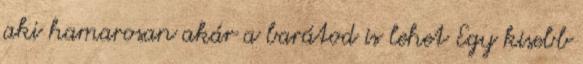
aki hamarosan akár a barátod is lehet Egy kisebb